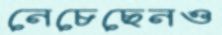
নেচেছেনও